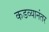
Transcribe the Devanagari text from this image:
कडव्यानंतर